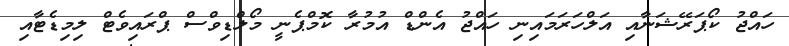
ހައްޖު ކޯޕަރޭޝަނާއި އަލްހަރަމައިނި ހައްޖު އެންޑް އުމުރާ ކޮމްޕެނީ މޯލްޑިވްސް ޕްރައިވެޓް ލިމިޑެޓާއި